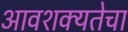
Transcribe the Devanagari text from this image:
आवशक्यतेचा